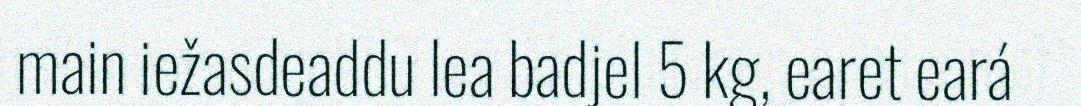
main iežasdeaddu lea badjel 5 kg, earet eará